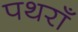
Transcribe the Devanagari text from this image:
पथराँ